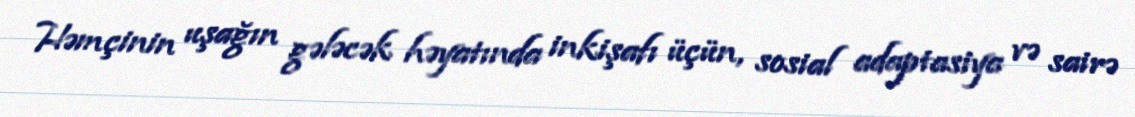
Həmçinin uşağın gələcək həyatında inkişafı üçün, sosial adaptasiya və sairə